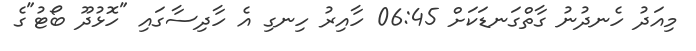
މިއަދު ހެނދުނު ގާތްގަނޑަކަށް 06:45 ހާއިރު ހިނގި އެ ހާދިސާގައި "ހޮޅުދޫ ބޯޓު"ގެ